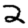
Digit: 2